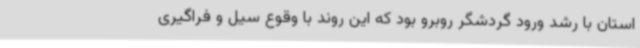
استان با رشد ورود گردشگر روبرو بود که این روند با وقوع سیل و فراگیری